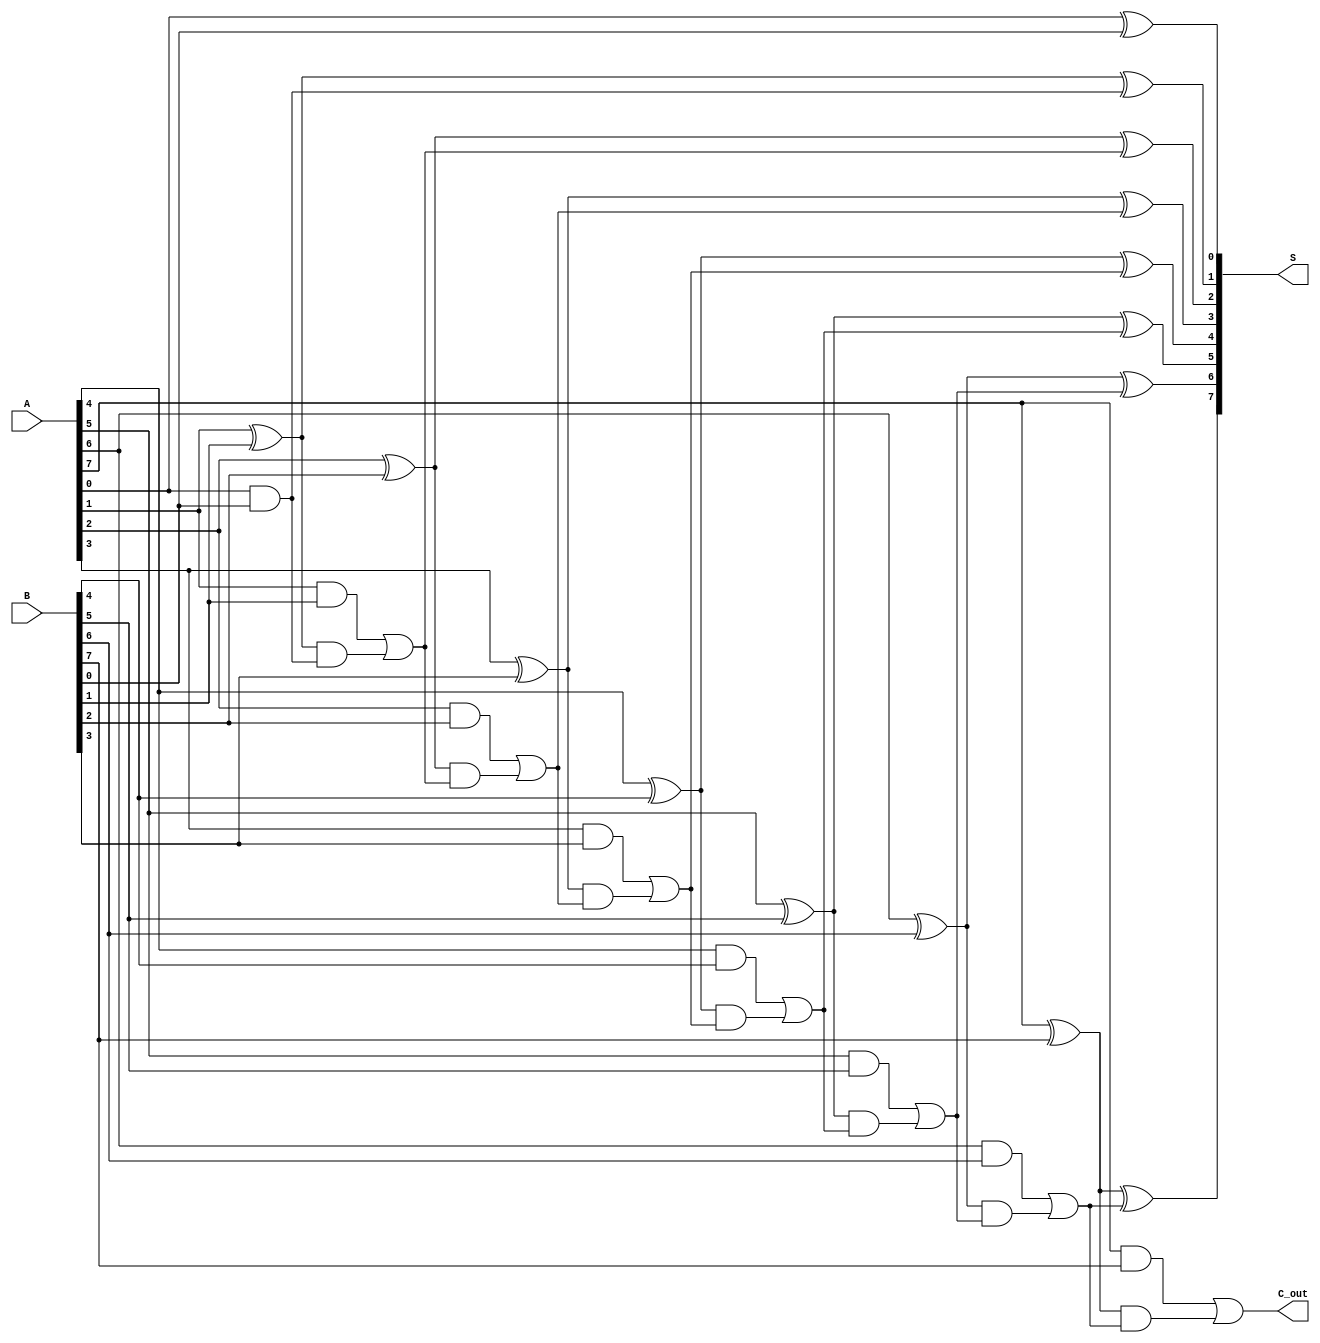
module brent_kung_adder #(parameter N = 8) (
    input [N-1:0] A,
    input [N-1:0] B,
    output [N-1:0] S,
    output C_out
);

    // Internal signals for propagate and generate
    wire [N-1:0] P; // Propagate
    wire [N-1:0] G; // Generate
    wire [N:0] C;   // Carry bits

    // Preprocessing stage: Compute P and G
    generate
        genvar i;
        for (i = 0; i < N; i = i + 1) begin : pg_gen
            assign P[i] = A[i] ^ B[i];
            assign G[i] = A[i] & B[i];
        end
    endgenerate

    // Stage 1: Compute carry signals
    assign C[0] = 1'b0; // No carry from previous stage (initial)
    assign C[1] = G[0];
    generate
        for (i = 1; i < N; i = i + 1) begin : carry_gen_stage1
            assign C[i + 1] = G[i] | (P[i] & C[i]);
        end
    endgenerate

    // Stage 2 and beyond: Carry generation in a tree-like structure
    generate
        for (i = 2; i < N; i = i + 1) begin : carry_gen_tree
            assign C[i + 1] = G[i] | (P[i] & C[i]);
        end
    endgenerate

    // Final carry-out
    assign C_out = C[N];

    // Sum calculation
    generate
        for (i = 0; i < N; i = i + 1) begin : sum_gen
            assign S[i] = P[i] ^ C[i];
        end
    endgenerate

endmodule